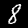
Digit: 8